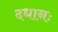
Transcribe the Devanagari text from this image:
दधानः